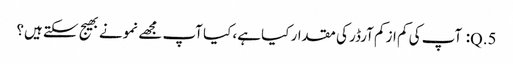
5.Q: آپ کی کم از کم آرڈر کی مقدار کیا ہے، کیا آپ مجھے نمونے بھیج سکتے ہیں؟